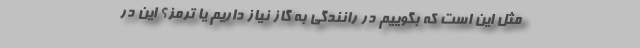
مثل این است که بگوییم در رانندگی به گاز نیاز داریم یا ترمز؟ این در